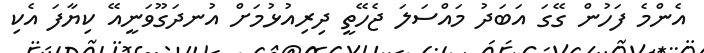
އެންމެ ފަހުން ގޭގަ އަބަދު މައްސަލަ ޖެހޭތީ ދިރިއުޅުމަށް އުނދަގޫވަނީއޭ ކިޔާފަ އެކި